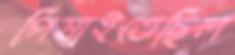
পিষাইতেছিল